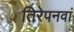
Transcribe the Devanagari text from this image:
तिरेपनवां